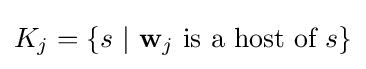
K_{j}=\{s\ |\ {\bf {w}}_{j}{\mbox{ is a host of }}s\}